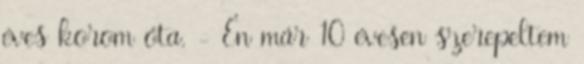
éves korom óta. - Én már 10 évesen szerepeltem